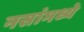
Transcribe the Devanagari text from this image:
नसांमध्ये